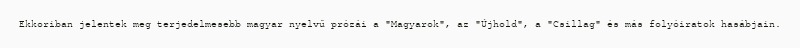
Ekkoriban jelentek meg terjedelmesebb magyar nyelvű prózái a "Magyarok", az "Újhold", a "Csillag" és más folyóiratok hasábjain.